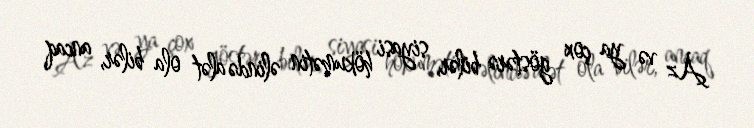
Az və ya çox göstərə bilər, siyasi hökumətin əlində alət ola bilər, ancaq